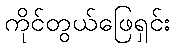
ကိုင်တွယ်ဖြေရှင်း